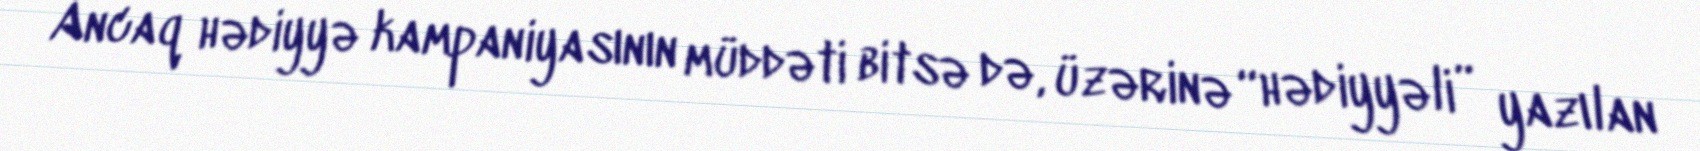
Ancaq hədiyyə kampaniyasının müddəti bitsə də, üzərinə “hədiyyəli” yazılan